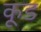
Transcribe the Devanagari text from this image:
कूड